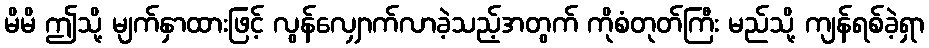
မိမိ ဤသို့ မျက်နှာထားဖြင့် လွန်လျှောက်လာခဲ့သည့်အတွက် ကိုစံတုတ်ကြီး မည်သို့ ကျန်ရစ်ခဲ့ရှာ